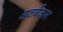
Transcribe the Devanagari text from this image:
अजर्बैजान